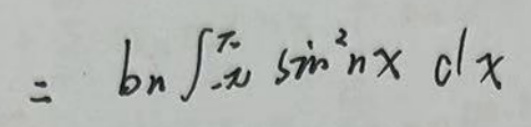
\[=b_{n}\int_{-\pi}^{\pi}\sin^{2}nx\mathrm{d}x\]